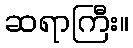
ဆရာကြီး။